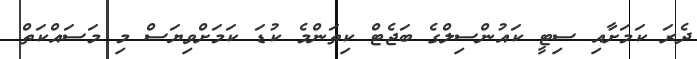
ދެރަ ކަމަށާއި ސިޓީ ކައުންސިލްގެ ބަޖެޓް ކިތަންމެ ކުޑަ ކަމަށްވިޔަސް މި މަސައްކަތް